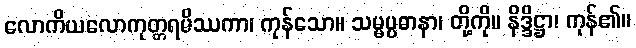
လောကိယလောကုတ္တရမိဿကာ၊ ကုန်သော။ သမ္မပ္ပဓာနာ၊ တို့ကို။ နိဒ္ဒိဋ္ဌာ၊ ကုန်၏။